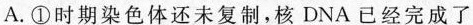
A.①时期染色体还未复制，核DNA已经完成了